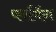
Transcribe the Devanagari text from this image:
प्लमिंग